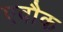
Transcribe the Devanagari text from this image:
एवौक